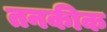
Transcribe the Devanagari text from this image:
तनकीक